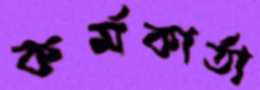
কর্মকার্তা